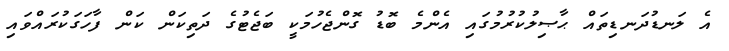
އެ ލަނޑުދަނޑިތައް ޙާޞިލުކުރުމުގައި އެންމެ ބޮޑު ގޮންޖެހުމަކީ ބަޖެޓުގެ ދަތިކަން ކަން ފާހަގަކުރައްވައި